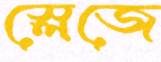
স্লেজে